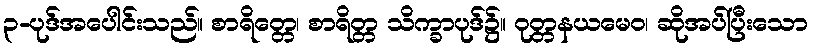
၃-ပုဒ်အပေါင်းသည်။ စာရိတ္တေ၊ စာရိတ္တ သိက္ခာပုဒ်၌။ ဝုတ္တနယမေဝ၊ ဆိုအပ်ပြီးသော